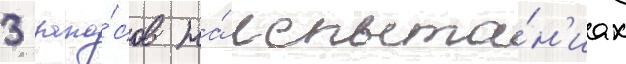
3 запа́сов на́ испыта́н'иах